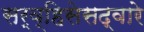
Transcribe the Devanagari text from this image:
सर्व्हिसेसद्वारे